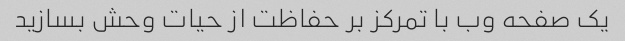
یک صفحه وب با تمرکز بر حفاظت از حیات وحش بسازید